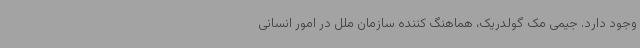
وجود دارد. جیمی مک گولدریک، هماهنگ کننده سازمان ملل در امور انسانی